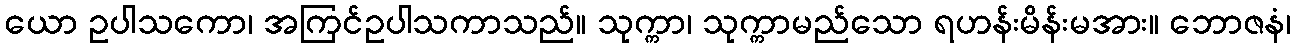
ယော ဥပါသကော၊ အကြင်ဥပါသကာသည်။ သုက္ကာ၊ သုက္ကာမည်သော ရဟန်းမိန်းမအား။ ဘောဇနံ၊